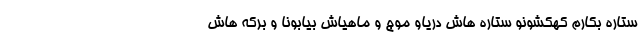
ستاره بکارم کهکشونو ستاره هاش دریاو موج و ماهیاش بیابونا و برکه هاش